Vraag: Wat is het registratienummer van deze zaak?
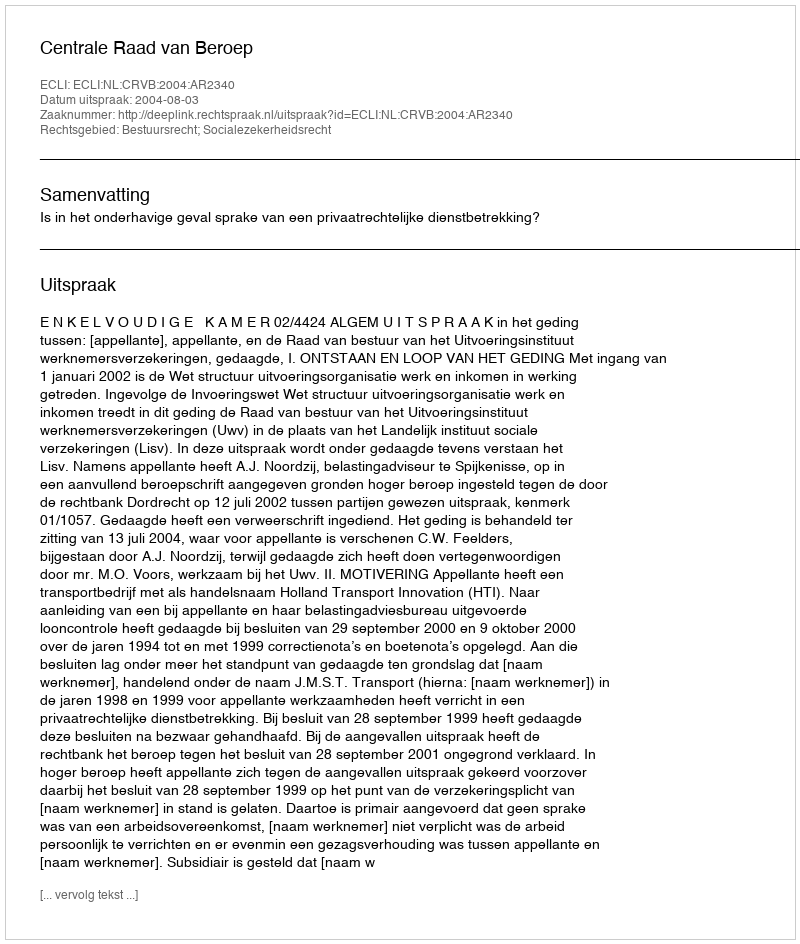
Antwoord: http://deeplink.rechtspraak.nl/uitspraak?id=ECLI:NL:CRVB:2004:AR2340